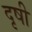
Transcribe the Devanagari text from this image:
दृषी